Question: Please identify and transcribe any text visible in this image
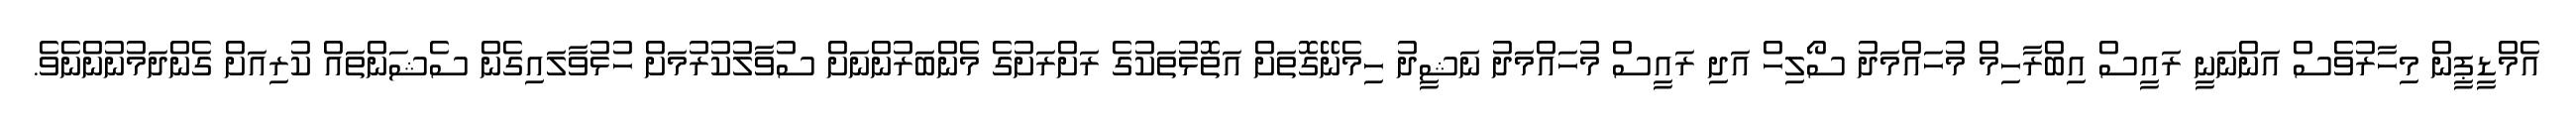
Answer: އެމްޑީޕީން މިހާރުވެސް އަންނަނީ ރައީސް އިބްރާހިމް މުހައްމަދު ސޯލިހް އަދި ރައީސް މުހައްމަދު ނަޝީދު ހިމެނޭގޮތަށް އަތޮޅުތަކުގެ ރަށްރަށުގެ މެންބަރުންނަށް ސުވާލުކުރުމަށް ހުޅުވާލައިގެން ސެޝަންތައް ކުރިއަށް ގެންދަމުނުންނެވެ.